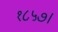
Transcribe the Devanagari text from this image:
१८५७।